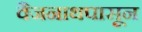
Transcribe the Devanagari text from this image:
वैजनाथपासून